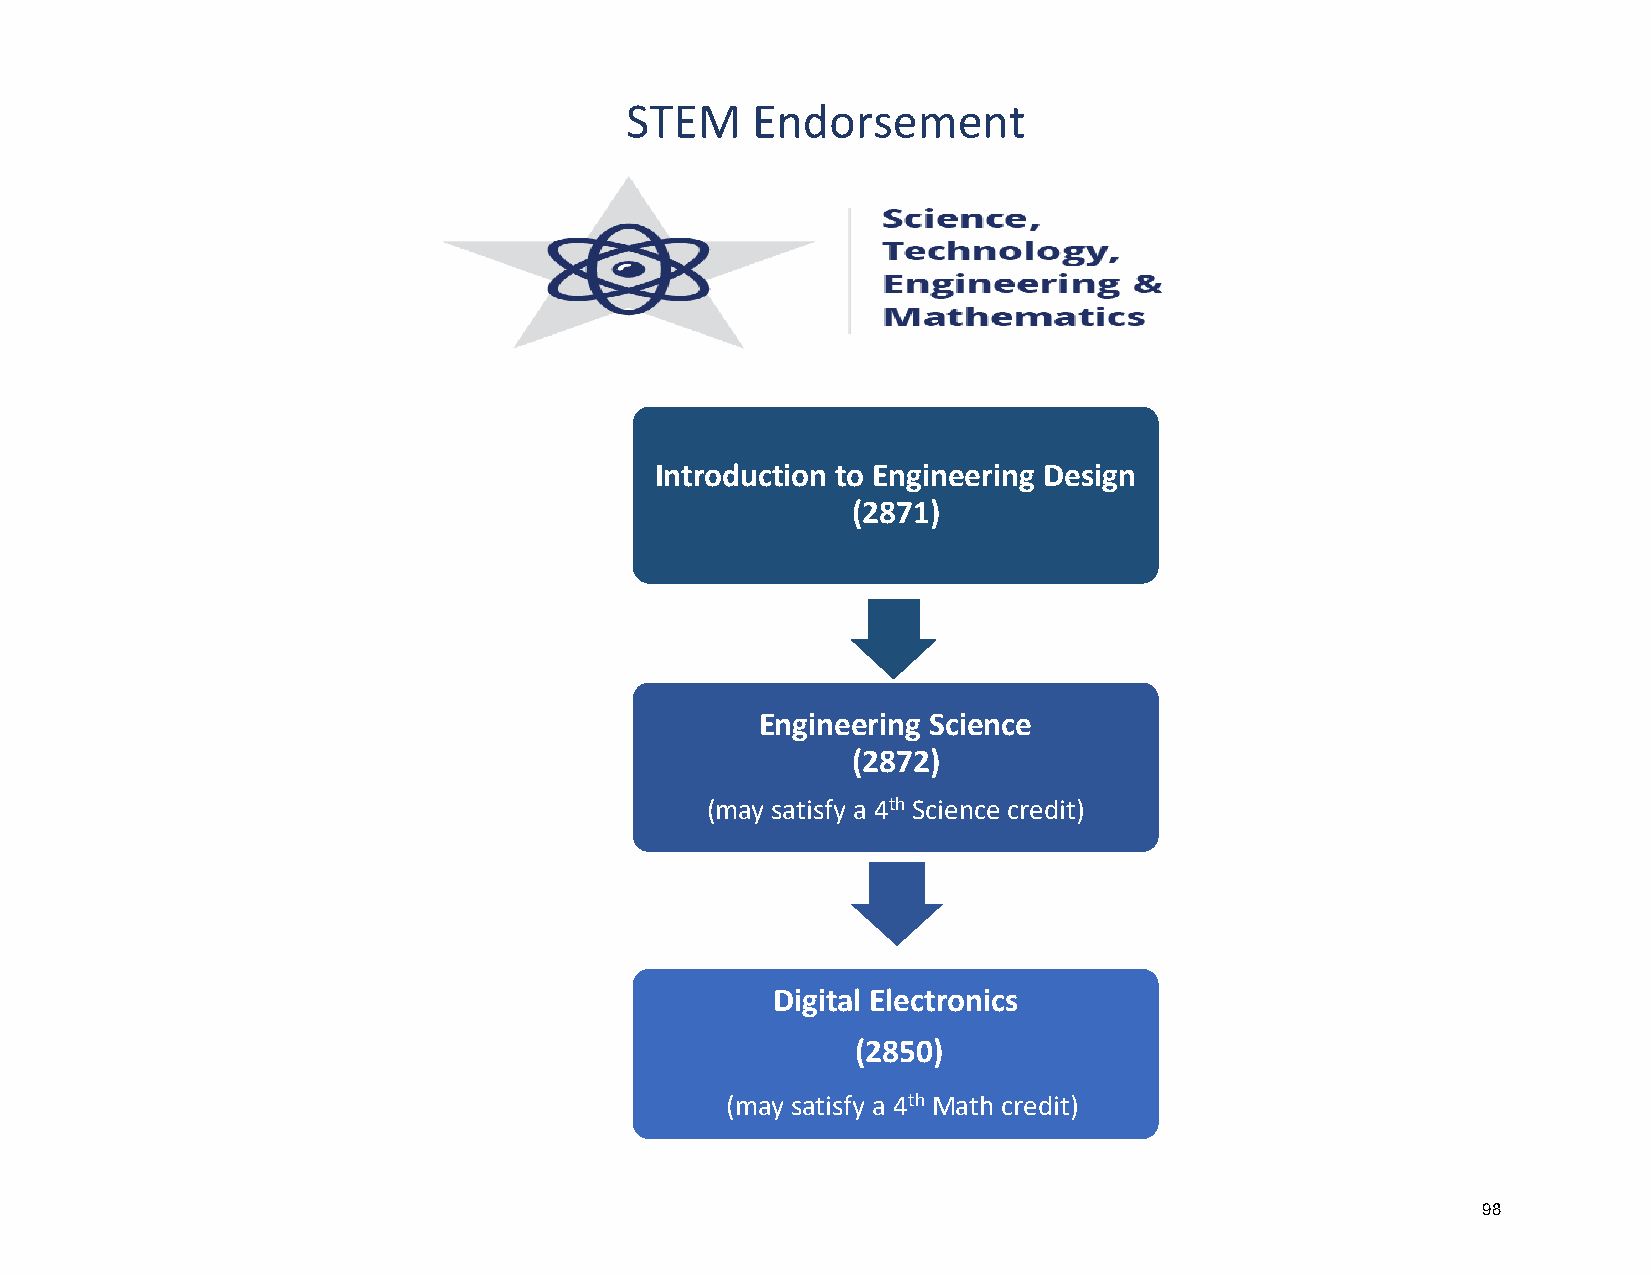
STEM     Endorsement
 Introduction to Engineering Design
 (2871)
 Engineering Science
 (2872)
 (may satisfy a 4th Science credit)
 Digital Electronics
 (2850)
 (may satisfy a 4th Math credit)
 98